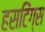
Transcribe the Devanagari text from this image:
हसटिंग्स